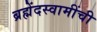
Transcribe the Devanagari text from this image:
ब्रह्मेंदस्वामींची